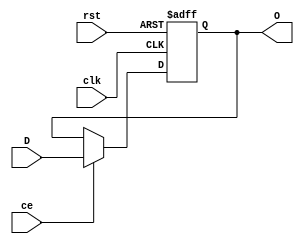
`timescale 1ns / 1ps
//////////////////////////////////////////////////////////////////////////////////
// Company: 
// Engineer: 
// 
// Design Name: 
// Module Name: regfile
// Project Name: 
// Target Devices: 
// Tool Versions: 
// Description: 
// 
// Dependencies: 
// 
// Revision:
// Revision 0.01 - File Created
// Additional Comments:
// 
//////////////////////////////////////////////////////////////////////////////////


module CP0_regfile(
input clk,
input rst,
input ce,
input [31:0] D,
output reg [31:0] O
    );
    
    always @ (posedge clk or posedge rst)
    begin
        if(rst == 1)
            O <= 32'b0;
        else if(ce)
            O <= D;
    end
    
endmodule